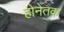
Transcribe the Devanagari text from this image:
होनेतक